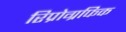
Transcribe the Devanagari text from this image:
रिप्रोग्रफिक